Sanitation, dispensaries and jails vaccination Rajputana 1922-1927 - 1922-1927
Year: 1922
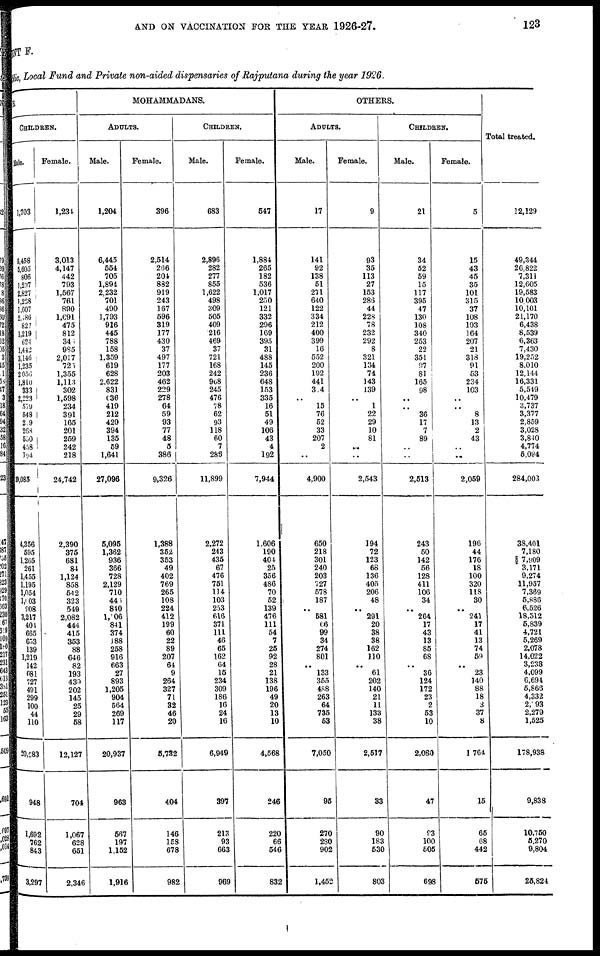
AND ON VACCINATION FOR THE YEAR 1926-27.
123
MENT F.
Public, Local Fund and Private non-aided dispensaries of Rajputana during the year 1926.
DUS.
CHILDREN.
Male.
1,703
5,458
5,605
806
1,297
2,827
1,258
1,607
2,486
827
1,219
624
1,442
3,146
1,235
2,056
1,810
333
2,223
579
548
219
268
550
458
194
39,085
4,356
595
1,265
261
1,455
1,195
1,054
1,003
908
3,217
404
665
653
139
1,219
142
681
727
491
299
100
44
110
20,083
948
1,692
762
843
3,297
Female.
1,234
3,013
4,147
442
793
1,567
761
890
1,691
475
812
346
985
2,017
725
1,355
1,113
302
1,598
234
391
165
201
259
242
218
24,742
2,390
375
681
84
1,124
858
542
323
549
2,082
444
415
353
88
646
82
193
439
202
145
25
29
58
12,127
704
1,067
628
651
2,346
MOHAMMADANS.
ADULTS.
Male.
1,204
6,445
554
705
1,894
2,232
701
490
1,793
916
445
788
158
1,359
619
628
2,622
831
636
419
212
420
394
135
59
1,641
27,096
5,095
1,362
936
366
728
2,129
710
446
840
1,106
841
374
188
258
916
663
27
893
1,205
904
564
269
117
20,937
963
567
197
1,152
1,916
Female.
396
2,514
266
204
882
919
243
167
596
319
177
430
37
497
177
203
462
229
278
64
59
93
77
48
5
386
9,326
1,388
352
353
49
402
769
265
108
224
412
199
60
22
89
207
64
9
264
327
71
32
46
20
5,732
404
146
158
678
982
CHILDREN.
Male.
683
2,896
282
277
855
1,622
498
309
505
409
216
469
37
721
168
242
968
245
476
78
62
93
118
60
7
286
11,899
2,272
243
435
67
476
751
114
103
253
616
371
111
46
65
162
64
15
234
309
186
16
24
16
6,949
397
213
93
663
969
Female.
547
1,884
265
182
536
1,017
250
121
332
296
169
395
31
488
145
236
648
153
335
16
51
49
106
43
4
192
7,944
1,606
190
404
25
356
486
70
52
139
476
111
54
7
25
92
28
21
138
196
49
20
13
10
4,568
246
220
66
546
832
OTHERS.
ADULTS.
Male.
17
141
92
138
51
271
640
122
334
212
400
399
16
552
200
192
441
314
..
15
76
52
33
207
2
..
4,900
650
218
301
240
203
727
578
187
..
581
66
99
34
274
801
..
133
355
488
263
64
735
53
7,050
95
270
280
902
1,452
Female.
9
93
35
113
27
153
286
44
228
78
232
292
8
321
134
74
143
139
..
1
22
29
10
81
..
..
2,543
194
72
123
68
136
405
206
48
..
291
20
38
38
162
110
..
61
202
140
211
11
133
38
2,517
33
90
183
530
803
CHILDREN.
Male.
21
34
52
59
15
117
395
47
130
108
340
253
22
351
97
81
165
98
..
..
36
17
7
89
..
..
2,513
243
50
142
56
128
411
106
34
..
264
17
43
13
85
68
..
36
124
172
23
2
53
10
2,080
47
93
100
505
698
Female.
5
15
43
45
35
101
315
37
108
103
164
207
21
318
91
53
234
103
..
..
8
13
2
43
..
..
2,059
196
44
176
18
100
320
118
30
..
241
17
41
13
74
59
..
23
140
88
18
3
37
8
1,764
15
65
68
442
575
Total treated.
12,129
49,344
26,822
7,311
12,605
19,583
10,003
10,101
21,170
6,438
8,539
6,363
7,430
19,252
8,010
12,144
16,331
5,549
10,479
3,737
3,377
2,859
3,028
3,840
4,774
5,094
284,003
38,401
7,180
7,909
3,171
9,274
11,957
7,369
5,886
6,526
18,512
5,839
4,721
5,269
2,078
14,022
3,238
4,099
6,694
5,866
4,332
2,093
2,279
1,525
178,938
9,838
10,750
5,270
9,804
25,824